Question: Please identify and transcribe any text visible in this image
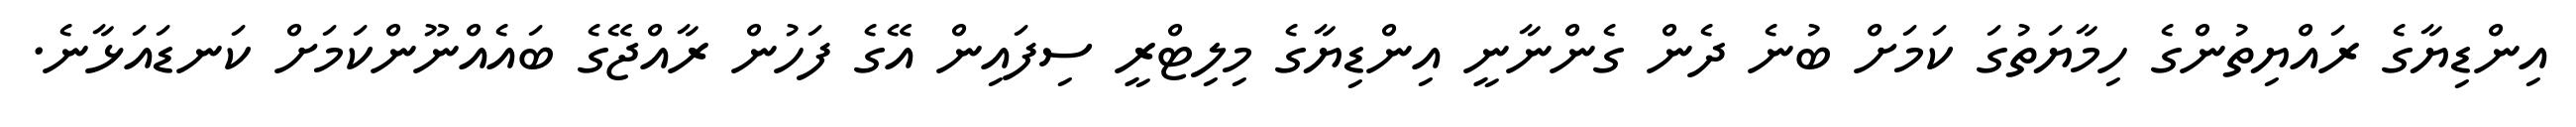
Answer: އިންޑިޔާގެ ރައްޔިތުންގެ ހިމާޔަތުގަ ކަމަށް ބުނެ ދެން ގެންނާނީ އިންޑިޔާގެ މިލިޓްރީ ސިފައިން އޭގެ ފަހުން ރާއްޖޭގެ ބައެއްނޫންކަމަށް ކަނޑައަޅާނެ.